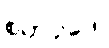
စတုပ္ပဒေါ